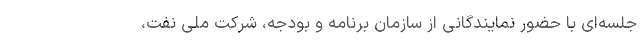
جلسه‌ای با حضور نمایندگانی از سازمان برنامه و بودجه، شرکت ملی نفت،